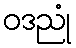
ဝဒညုံ